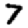
Digit: 7